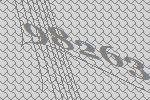
98263